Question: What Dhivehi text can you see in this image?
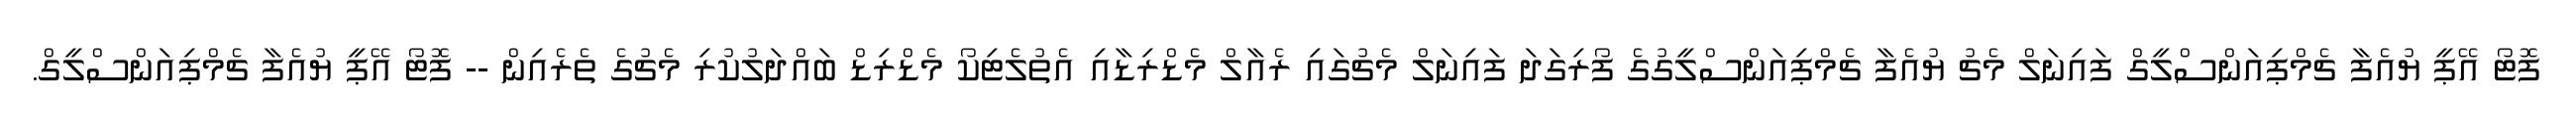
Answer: ފޮޓޯ އޭޕީ ޔުއެފާ ޗެމްޕިއަންސްލީގް ފައިނަލް މެޗު ޔުއެފާ ޗެމްޕިއަންސްލީގުގެ ފޯރިގަދަ ފައިނަލް މެޗުގައި ރެއާލް މެޑްރިޑާއި އެތުލެޓިކޯ މެޑްރިޑް ބައްދަލުކުރި މެޗުގެ ތެރެއިން -- ފޮޓޯ އޭޕީ ޔުއެފާ ޗެމްޕިއަންސްލީގް.